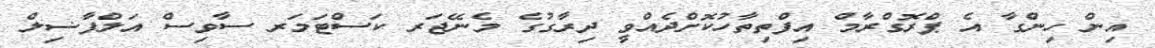
އިން ހިންގާ އެ ޕްރޮގްރާމް އިފްތިތާހުކޮށްދެއްވީ ދިރާގުގެ މެނޭޖަރ ކަސްޓަމަރ ސާވިސް އަލްފާޟިލް